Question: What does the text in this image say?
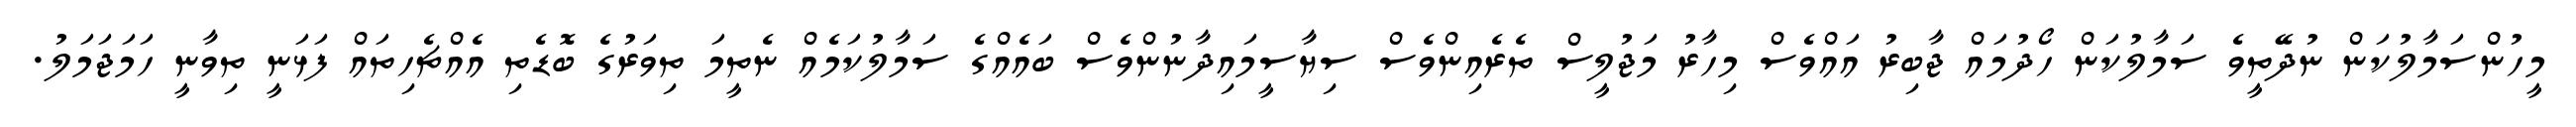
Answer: މީހުންސަމާލުކަން ނުދޭތީވެ ސަމާލުކަން ހޯދުމައް ޖާބިރު އައްވެސް މިހާރު މަޖުލީސް ތެރެއިންވެސް ސިޔާސީމައިދާނުންވެސް ބައެއްގެ ސަމާލުކަމެއް ނެތީމަ ތިވަރުގެ ބޮޑެތި އެއްޗެހިތައް ފަޅަނީ ތިވާނީ ހަމަޖަމަލު.